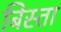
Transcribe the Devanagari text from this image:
बिस्ता